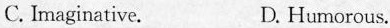
C. Imaginative. D. Humorous.